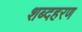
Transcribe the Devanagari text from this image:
शब्दहरण